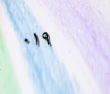
٠١٩